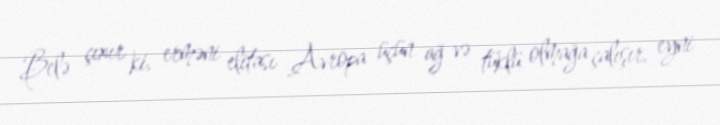
Belə çıxır ki, erməni elitası Avropa üçün ağ və tüklü olmağa çalışır, eyni